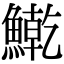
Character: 𫙱